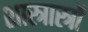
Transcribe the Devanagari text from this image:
शास्त्रास्त्रों